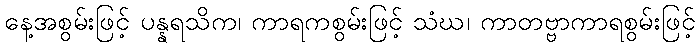
နေ့အစွမ်းဖြင့် ပန္နရသိက၊ ကာရကစွမ်းဖြင့် သံဃ၊ ကာတဗ္ဗာကာရစွမ်းဖြင့်